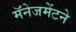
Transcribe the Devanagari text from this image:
मॅनेजमेंटने